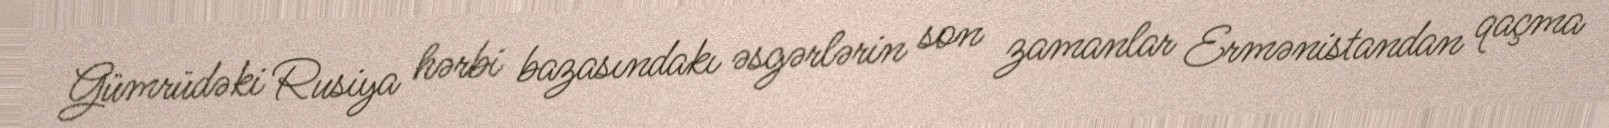
Gümrüdəki Rusiya hərbi bazasındakı əsgərlərin son zamanlar Ermənistandan qaçma